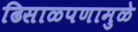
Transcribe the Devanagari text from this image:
ढिसाळपणामुळे